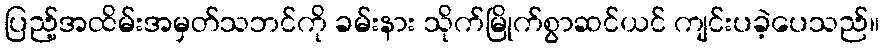
ပြည့်အထိမ်းအမှတ်သဘင်ကို ခမ်းနား သိုက်မြိုက်စွာဆင်ယင် ကျင်းပခဲ့ပေသည်။